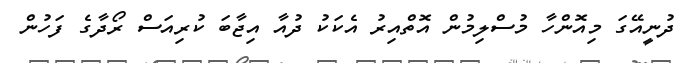
ދުނީއޭގަ މިއޮންހާ މުސްލިމުން އޮތްއިރު އެކަކު ދުއާ އިޖާބަ ކުރިއަސް ރޯދާގެ ފަހުން